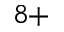
^ { 8 + }